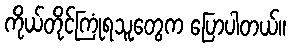
ကိုယ်တိုင်ကြုံရသူတွေက ပြောပါတယ်။